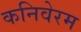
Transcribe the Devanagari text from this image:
कनिवेरम